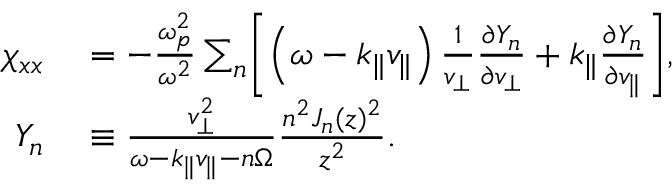
\begin{array} { r l } { \chi _ { x x } } & { { } = - \frac { \omega _ { p } ^ { 2 } } { \omega ^ { 2 } } \sum _ { n } \biggl [ \left( \omega - k _ { \parallel } v _ { \parallel } \right) \frac { 1 } { v _ { \perp } } \frac { \partial Y _ { n } } { \partial v _ { \perp } } + k _ { \parallel } \frac { \partial Y _ { n } } { \partial v _ { \parallel } } \biggr ] , } \\ { Y _ { n } } & { { } \equiv \frac { v _ { \perp } ^ { 2 } } { \omega - k _ { \parallel } v _ { \parallel } - n \Omega } \frac { n ^ { 2 } J _ { n } ( z ) ^ { 2 } } { z ^ { 2 } } . } \end{array}